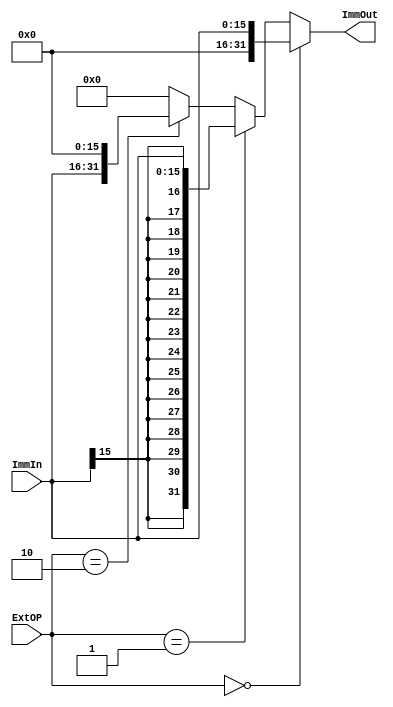
`timescale 1ns / 1ps
//////////////////////////////////////////////////////////////////////////////////
// Company: 
// Engineer: 
// 
// Design Name: 
// Module Name:    ExtU 
// Project Name: 
// Target Devices: 
// Tool versions: 
// Description: 
//
// Dependencies: 
//
// Revision: 
// Revision 0.01 - File Created
// Additional Comments: 
//
//////////////////////////////////////////////////////////////////////////////////
module ExtU(
    input [15:0] ImmIn,
    input [1:0] ExtOP,
    output [31:0] ImmOut
    );
	assign ImmOut = (ExtOP == 0) ? {16'h0000,ImmIn[15:0]} :
					(ExtOP == 1) ? {{16{ImmIn[15]}},ImmIn[15:0]} :
					(ExtOP == 2) ? {16'h0000,ImmIn[15:0]}<<16 : 0;
endmodule